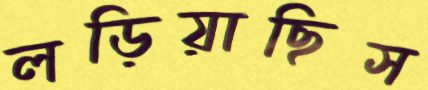
লড়িয়াছিস